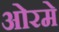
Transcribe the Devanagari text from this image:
ओरमे